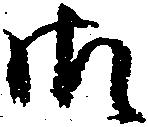
御